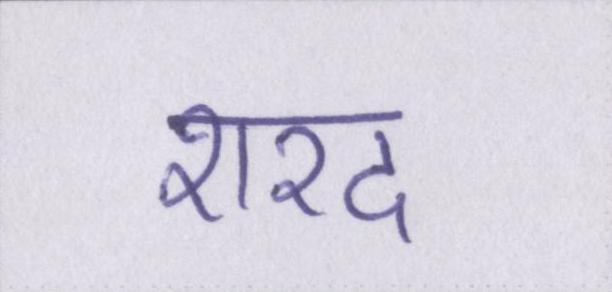
शरद